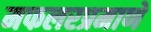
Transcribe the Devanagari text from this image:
मफलरप्रमाणे